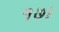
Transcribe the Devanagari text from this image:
१७।